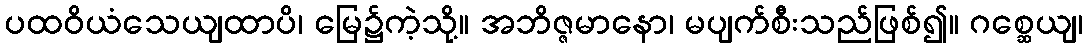
ပထဝိယံသေယျထာပိ၊ မြေ၌ကဲ့သို့။ အဘိဇ္ဇမာနော၊ မပျက်စီးသည်ဖြစ်၍။ ဂစ္ဆေယျ၊